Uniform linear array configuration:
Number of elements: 64
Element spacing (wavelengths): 0.75
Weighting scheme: hann
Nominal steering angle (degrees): -60
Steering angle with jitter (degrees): -61.889
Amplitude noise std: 0.05
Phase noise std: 0.05

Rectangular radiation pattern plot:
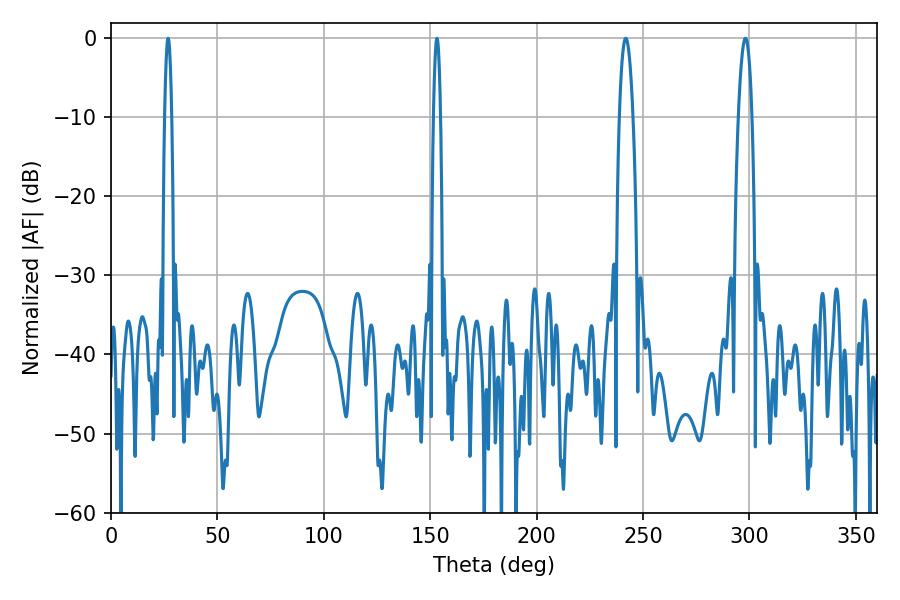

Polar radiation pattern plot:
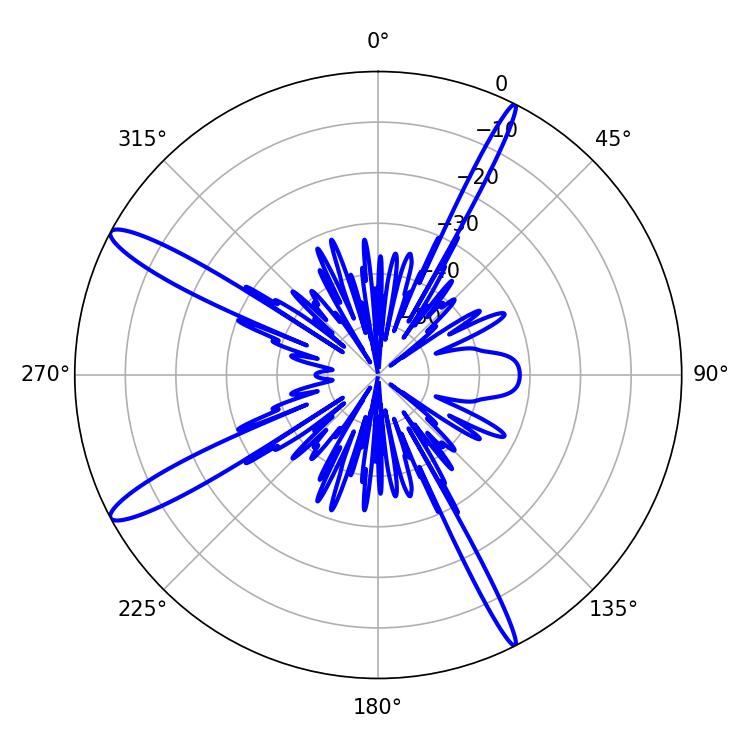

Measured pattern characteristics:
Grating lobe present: TRUE
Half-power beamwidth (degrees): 1.8
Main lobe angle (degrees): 26.82